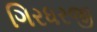
ગિરધરજી